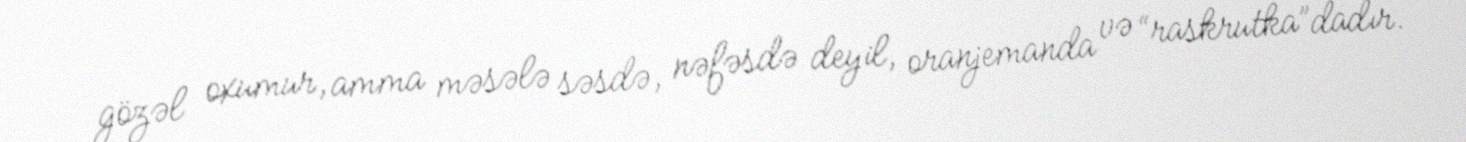
gözəl oxumur, amma məsələ səsdə, nəfəsdə deyil, oranjemanda və “raskrutka”dadır.